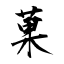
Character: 菓